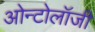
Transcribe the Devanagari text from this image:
ओन्टोलॉजी